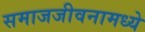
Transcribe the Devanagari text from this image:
समाजजीवनामध्ये